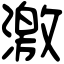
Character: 激